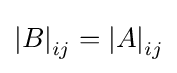
\left|B\right|_{ij}=\left|A\right|_{ij}